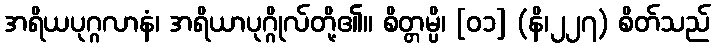
အရိယပုဂ္ဂလာနံ၊ အရိယာပုဂ္ဂိုလ်တို့၏။ စိတ္တမ္ပိ၊ [၀၁] (နိ၊၂၂၇) စိတ်သည်